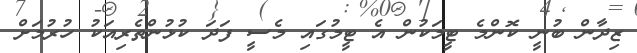
ޒިދާން ބުނީ ކޮންމެ ޓީމަކުން އެ ޓީމުގައި މެސީ ފަދަ ކުޅުންތެރިއަކު ހުރުމަށް